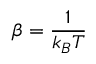
\beta = \frac { 1 } { k _ { B } T }